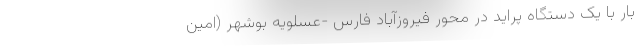
بار با یک دستگاه پراید در محور فیروزآباد فارس -عسلویه بوشهر (امین